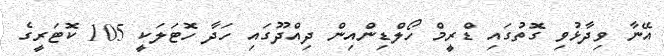
އޭނާ ވިދާޅުވި ގޮތުގައި ޑްރީމް ހޯލްޑިންއިން ދިއްދޫގައި ހަދާ ހޮޓަލަކީ 105 ކޮޓަރީގެ